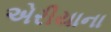
એરીયાના